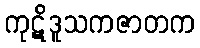
ကုဋိဒူသကဇာတက